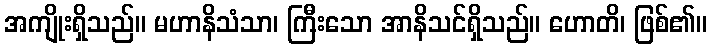
အကျိုးရှိသည်။ မဟာနိသံသာ၊ ကြီးသော အာနိသင်ရှိသည်။ ဟောတိ၊ ဖြစ်၏။